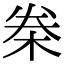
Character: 桊